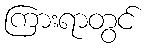
ကြားရာတွင်